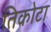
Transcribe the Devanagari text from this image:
तिकोटा